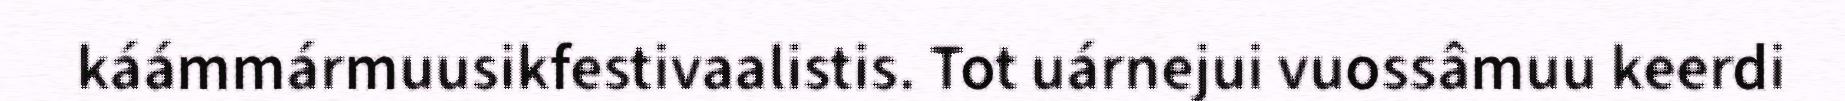
káámmármuusikfestivaalistis. Tot uárnejui vuossâmuu keerdi